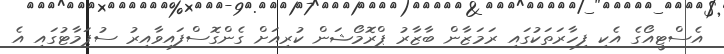
އެސްޓީއޯގެ އެކި ފިހާރަތަކުގައި ރަމަޒާން ބާޒާރު ޕްރޮމޯޝަން ކުރިއަށް ގެންގޮސްފައިވާއިރު ސުޕަމާޓުގައި އެ